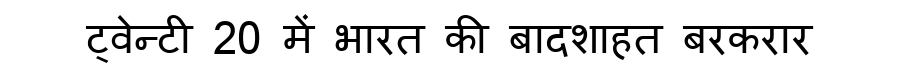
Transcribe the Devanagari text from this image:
ट्वेन्टी 20 में भारत की बादशाहत बरकरार